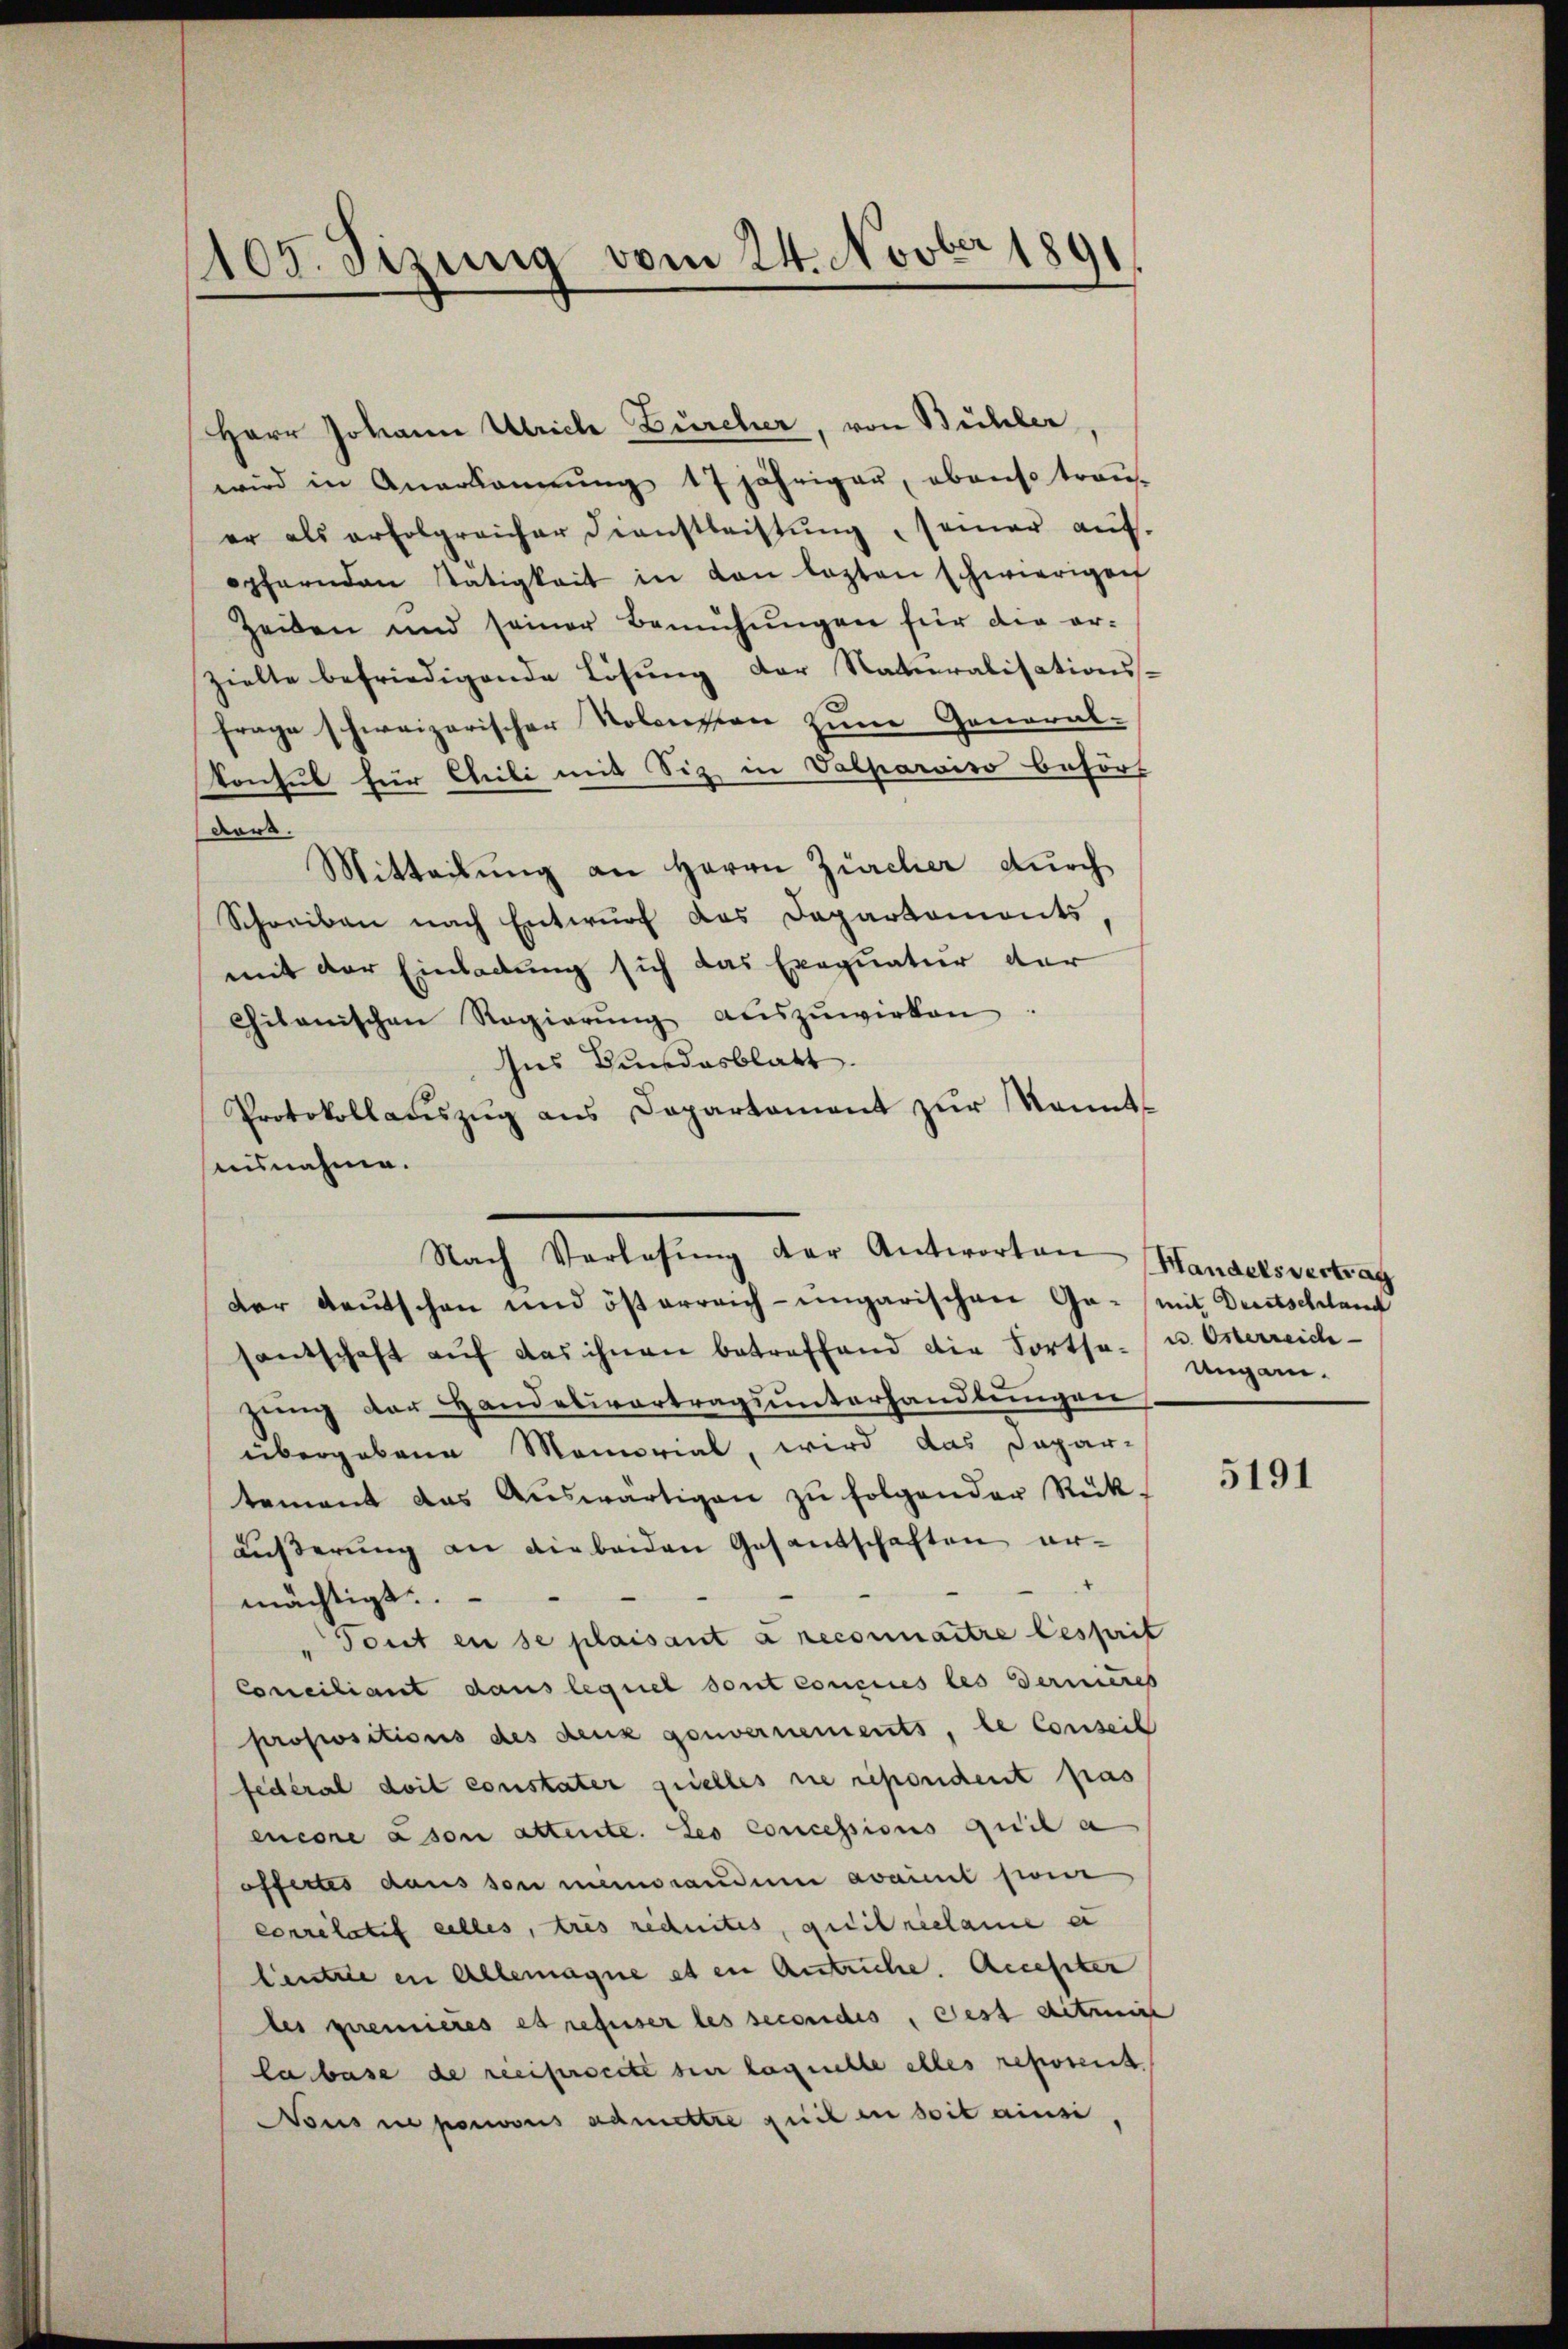
1105. Jizung vom 24. Novber 1891

Herr Johann Ulriche Bürcher, von Bühler,
wird in Anerkannŭng 17 jähriger, ebenso traŭ
er als erfolgreicher Dienstleistung, seiner auf.
ophernden stätigkeit in den lezten schwierigen
Zeiten und seiner Bemühŭngen für die er-
zielte befriedigende Lösung der Naturalisationsfrage schweizerischer Nolension zum General-
konhub für Chiili mit Siz in Valparoiso befört
dor.
Mitteilung an Herrn Zürcher durch
Schreiben nach Entwurf das Departemonts
mit der Einladung sich das Exequatur der
citanischen Regierŭng aŭszŭwirken.
Ins Bundesblatt.
Protokollaŭszŭg ans Departament zŭr Kennt-
aisnahme.
der Deutschen und österreich-ungarischen Ga- mit Dreitschland
santschaft aŭf das ihnen betreffend die Fortse- u. Österreich-
zung der Handelsvertragsunterhandlungen
übergebene Memorial, wird das Dapar-
tement das Aŭswärtigen zŭ folgender Rück-
äußerung an die beiden Gesantschaften er-
mächtigt.
Tout en se plaisant à reconnaitre lesprit
Conciliant dans lequel sont concius les derneres
propositions des denz gouvernements, le Conseil
fédéral doit constater quelles sie repondent pas
encore cson attente. Les concessions qui a
offertes daus son minorandum avait son
correlatif alles, tres rechnites, quitreclame er
Centre in Allemagne et in Antriche Accester
les quenneres et refuser les secondis, Fest ditritt
labase de recipirsecte sie laquelle alles reposent.
Nous ne ponoons admettre puis in soit ainsi,

Nach Verlesung der Antworten Handelsvertrag

Ungam.

5191